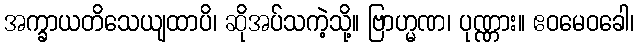
အက္ခာယတိသေယျထာပိ၊ ဆိုအပ်သကဲ့သို့။ ဗြာဟ္မဏ၊ ပုဏ္ဏား။ ဧဝမေဝခေါ၊